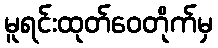
မူရင်းထုတ်ဝေတိုက်မှ